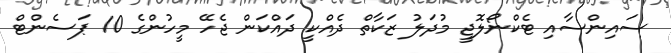
ސައިންސާއި ޓެކްނޯލޮޖީ މުދަލު ޒަކާތް ދެއްކީ ދައްކަން ޖެހޭ މީހުންގެ 10 ޕަސެންޓް